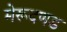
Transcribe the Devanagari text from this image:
मेरूदणड